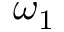
\omega _ { 1 }